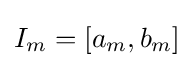
I_{m}=[a_{m},b_{m}]